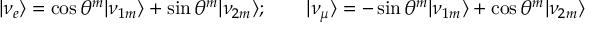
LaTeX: | \nu _ { e } \rangle = \cos \theta ^ { m } | \nu _ { 1 m } \rangle + \sin \theta ^ { m } | \nu _ { 2 m } \rangle ; \qquad | \nu _ { \mu } \rangle = - \sin \theta ^ { m } | \nu _ { 1 m } \rangle + \cos \theta ^ { m } | \nu _ { 2 m } \rangle